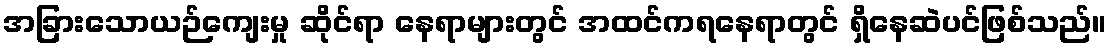
အခြားသောယဉ်ကျေးမှု ဆိုင်ရာ နေရာများတွင် အထင်ကရနေရာတွင် ရှိနေဆဲပင်ဖြစ်သည်။